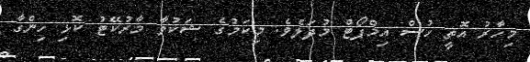
މިހާރު އޮތީ ހުސް އިމްޕޯޓް މުދަލެވެ. މިކަމުގެ ޝަކުވާ މާރުކޭޓު ކޮޅި ހިންގާ